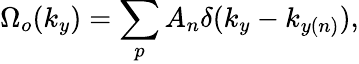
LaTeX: \Omega_{o}(k_{y})=\sum_{p}A_{n}\delta(k_{y}-k_{y(n)}),